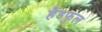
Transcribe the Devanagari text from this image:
हैंडफुल